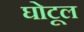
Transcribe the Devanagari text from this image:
घोटूल